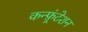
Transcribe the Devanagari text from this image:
कन्फ़्रंटेशन